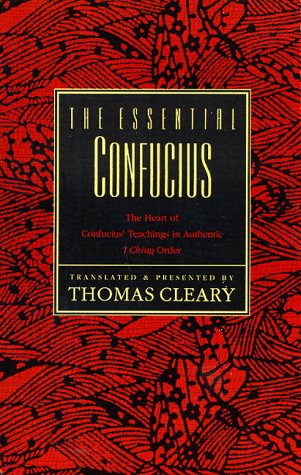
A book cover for The Essential Confucius; Thomas Cleary; Religion & Spirituality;